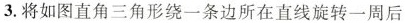
3.将如图直角三角形绕一条边所在直线旋转一周后